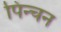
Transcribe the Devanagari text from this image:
पिन्चन